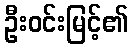
ဦးဝင်းမြင့်၏